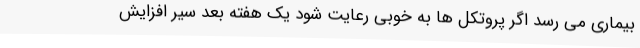
بیماری می رسد اگر پروتکل ها به خوبی رعایت شود یک هفته بعد سیر افزایش